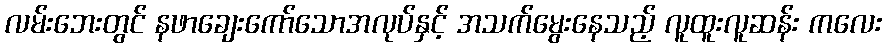
လမ်းဘေးတွင် နဖာချေးကော်သောအလုပ်နှင့် အသက်မွေးနေသည့် လူထူးလူဆန်း ကလေး